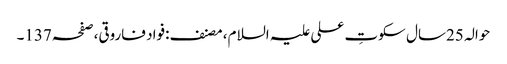
حوالہ 25سال سکوتِ علی علیہ السلام، مصنف:فواد فاروقی،صفحہ137۔